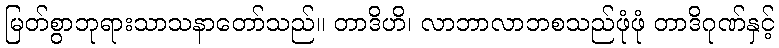
မြတ်စွာဘုရားသာသနာတော်သည်။ တာဒိဟိ၊ လာဘာလာဘစသည်ဖုံဖုံ တာဒိဂုဏ်နှင့်